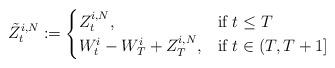
LaTeX: \begin{align*}\tilde{Z}^{i, N}_t :=\begin{cases}Z^{i, N}_t, &\mbox{if } t \leq T\\W_{t}^{i} - W_{T}^{i} + Z^{i, N}_{T}, &\mbox{if } t\in (T, T+1]\end{cases} \end{align*}